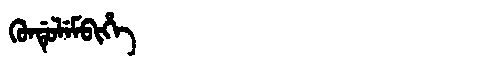
Manchu: ᡴᡠᠨᡩᡠᠯᡝᠮᠪᡳᡥᡝ
Romanization: KUNDULEMBIHE